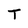
Character: T